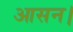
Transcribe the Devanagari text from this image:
आसन।